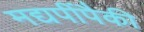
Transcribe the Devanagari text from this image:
मद्यपींपैकी